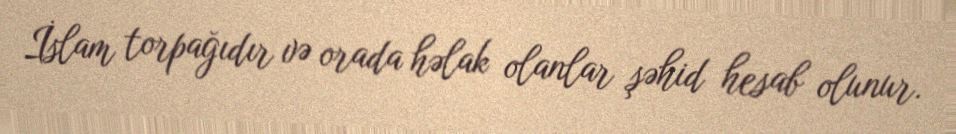
İslam torpağıdır və orada həlak olanlar şəhid hesab olunur.